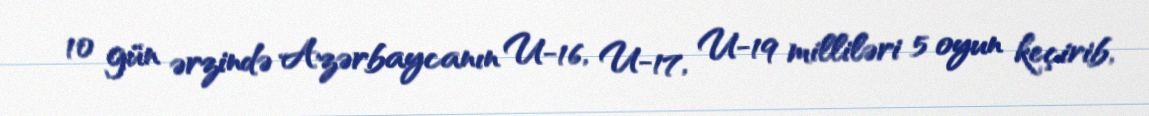
10 gün ərzində Azərbaycanın U-16, U-17, U-19 milliləri 5 oyun keçirib,